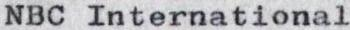
NBC International